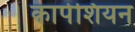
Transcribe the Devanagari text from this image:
कार्पेशियन